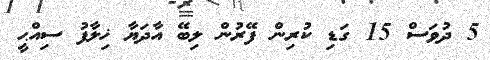
5 ދުވަސް 15 ގަޑި ކުރިން ފޭރުން ލިބޭ އާދަޔާ ޚިލާފު ސިއްޙީ